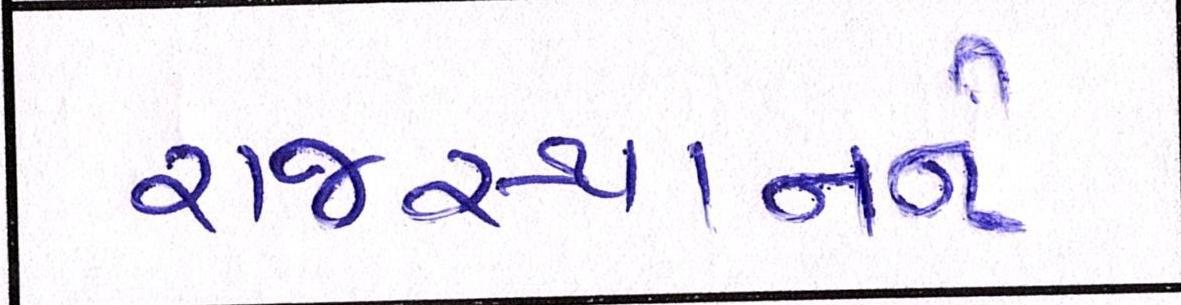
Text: રાજસ્થાનને